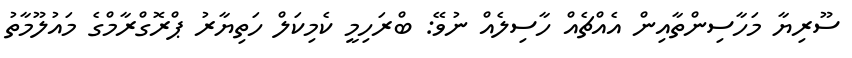
ސޫރިޔާ މަހާސިންތާއިން އެއްޗެއް ހާސިލެއް ނުވޭ: ބްރަހިމީ ކެމިކަލް ހަތިޔާރު ޕްރޮގްރާމްގެ މައުލޫމާތު